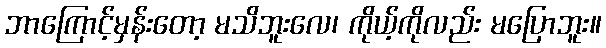
ဘာကြောင့်မှန်းတော့ မသိဘူးလေ၊ ကိုယ့်ကိုလည်း မပြောဘူး။